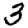
Digit: 3